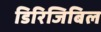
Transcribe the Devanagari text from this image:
डिरिजिबिल